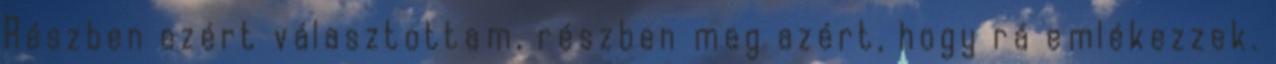
Részben ezért választottam, részben meg azért, hogy rá emlékezzek.